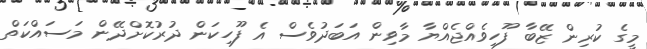
މީގެ ކުރިން ޒޭބާ ފޫހިވެއްޖެއްޔާ މާވިން އަބަދުވެސް އެ ފޫހިކަން ދުރުކޮށްދޭން މަސައްކަތް